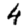
Digit: 4